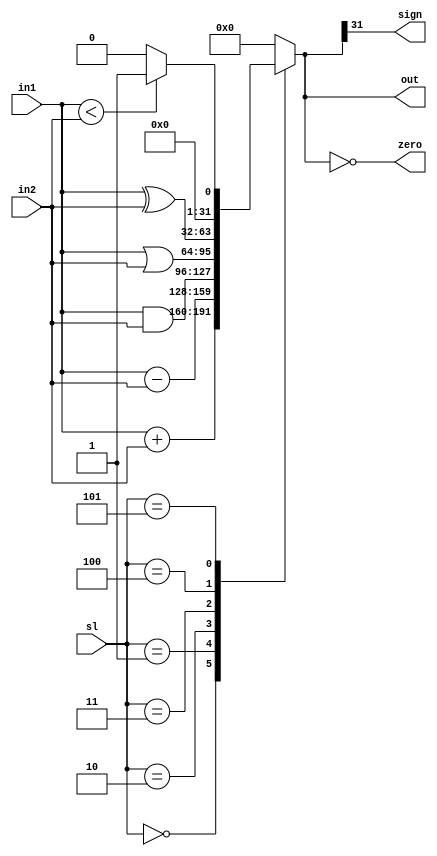
`define ALU_SUB 3'b001
`define ALU_ADD 3'b000
`define ALU_XOR 3'b100
`define ALU_AND 3'b010
`define ALU_OR 3'b011
`define ALU_SLT 3'b101

module ALU(in1, in2, sl, out, zero, sign);
        input [31:0] in1, in2;
        input [2:0] sl;
        output zero, sign;
        output reg [31:0] out;

        always @(in1, in2, sl) begin
                out = 32'b0;
                case (sl)
                        `ALU_ADD:
                                out = in1 + in2;
                        `ALU_SUB:
                                out = in1 - in2;
                        `ALU_AND:
                                out = in1 & in2;
                        `ALU_OR:
                                out = in1 | in2;
                        `ALU_XOR:
                                out = in1 ^ in2;
                        `ALU_SLT:
                                out = ($signed(in1) < $signed(in2) ? 32'd1 : 32'd0);
                        default: 
                                out = 32'b0;
                endcase
        end

        assign zero = (out == 32'b0);
        assign sign = (out[31]);
endmodule